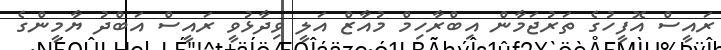
ރައީސް އޮފީހުގެ ތަރުޖަމާން އިބްރާހިމް މުއާޒް އަލީ ވިދާޅުވީ ރައީސް އަބްދު ޔާމީންގެ